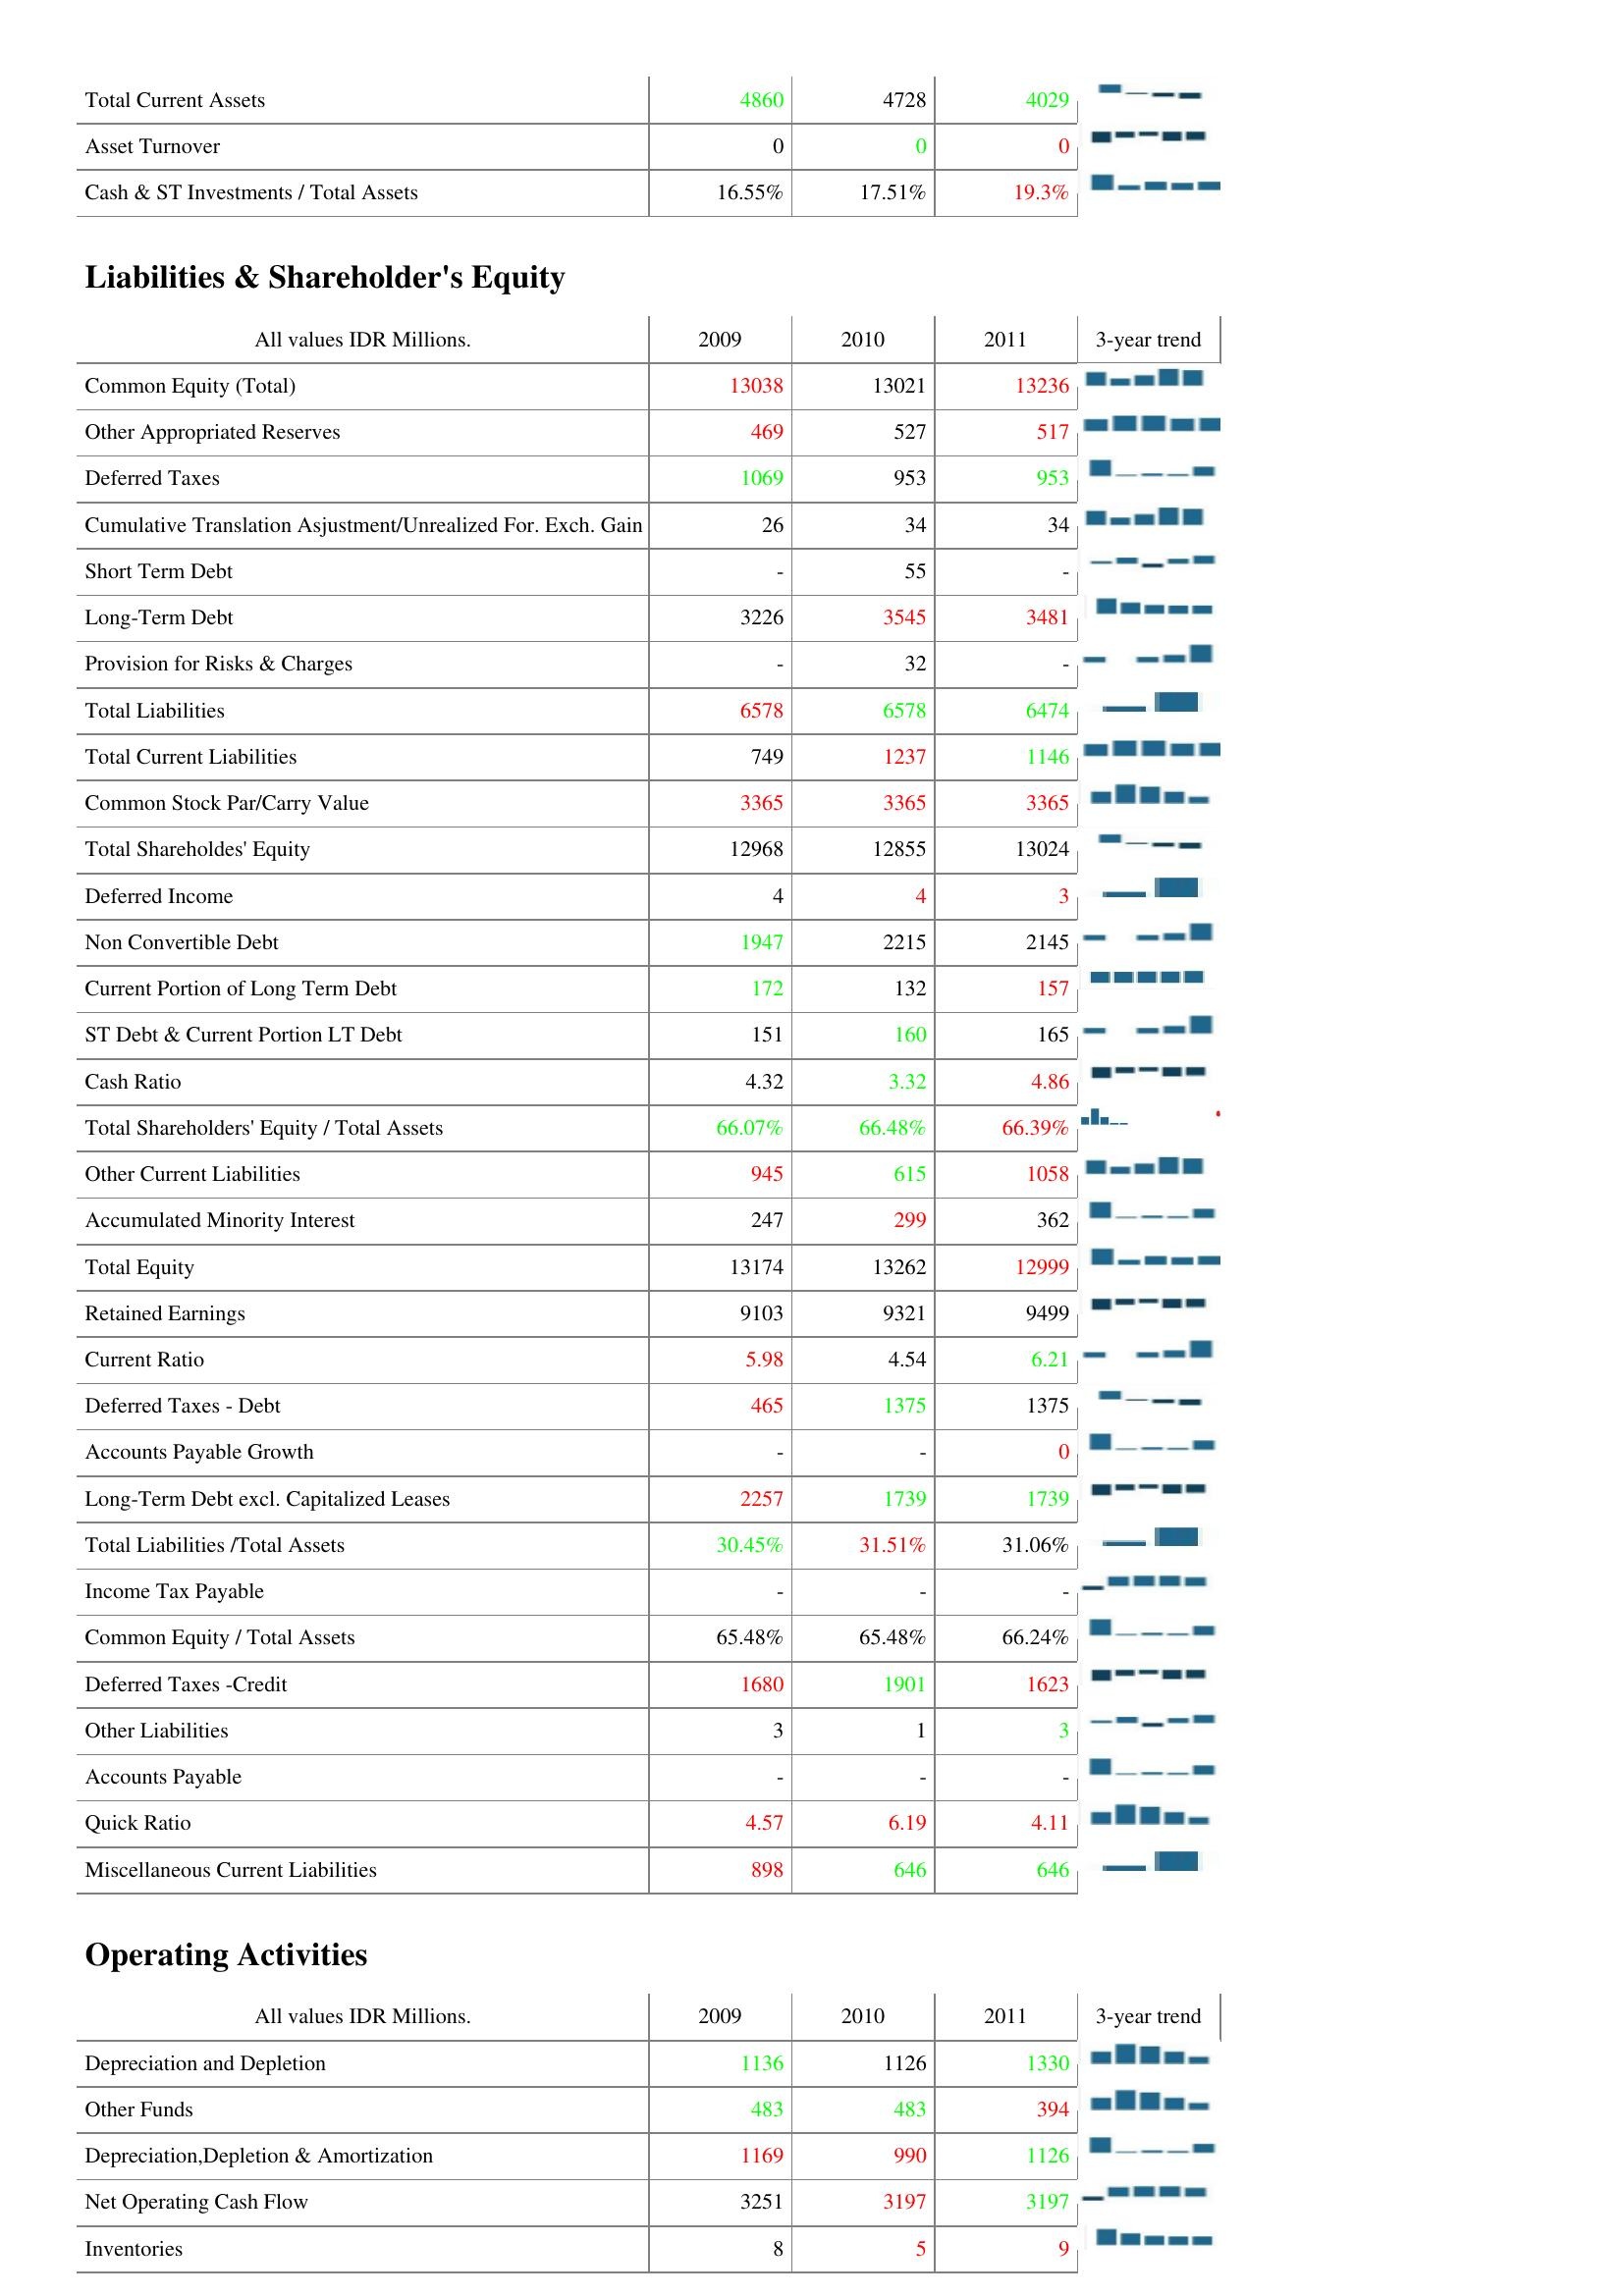
2009: Assets: Total Current Assets: 4860
Asset Turnover: 0
Cash & ST Investments / Total Assets: 16.55%
Liabilities & Shareholder's Equity: Common Equity (Total): 13038
Other Appropriated Reserves: 469
Deferred Taxes: 1069
Cumulative Translation Asjustment/Unrealized For. Exch. Gain: 26
Short Term Debt: -
Long-Term Debt: 3226
Provision for Risks & Charges: -
Total Liabilities: 6578
Total Current Liabilities: 749
Common Stock Par/Carry Value: 3365
Total Shareholdes' Equity: 12968
Deferred Income: 4
Non Convertible Debt: 1947
Current Portion of Long Term Debt: 172
ST Debt & Current Portion LT Debt: 151
Cash Ratio: 4.32
Total Shareholders' Equity / Total Assets: 66.07%
Other Current Liabilities: 945
Accumulated Minority Interest: 247
Total Equity: 13174
Retained Earnings: 9103
Current Ratio: 5.98
Deferred Taxes - Debt: 465
Accounts Payable Growth: -
Long-Term Debt excl. Capitalized Leases: 2257
Total Liabilities /Total Assets: 30.45%
Income Tax Payable: -
Common Equity / Total Assets: 65.48%
Deferred Taxes -Credit: 1680
Other Liabilities: 3
Accounts Payable: -
Quick Ratio: 4.57
Miscellaneous Current Liabilities: 898
Operating Activities: Depreciation and Depletion: 1136
Other Funds: 483
Depreciation,Depletion & Amortization: 1169
Net Operating Cash Flow: 3251
Inventories: 8
2010: Assets: Total Current Assets: 4728
Asset Turnover: 0
Cash & ST Investments / Total Assets: 17.51%
Liabilities & Shareholder's Equity: Common Equity (Total): 13021
Other Appropriated Reserves: 527
Deferred Taxes: 953
Cumulative Translation Asjustment/Unrealized For. Exch. Gain: 34
Short Term Debt: 55
Long-Term Debt: 3545
Provision for Risks & Charges: 32
Total Liabilities: 6578
Total Current Liabilities: 1237
Common Stock Par/Carry Value: 3365
Total Shareholdes' Equity: 12855
Deferred Income: 4
Non Convertible Debt: 2215
Current Portion of Long Term Debt: 132
ST Debt & Current Portion LT Debt: 160
Cash Ratio: 3.32
Total Shareholders' Equity / Total Assets: 66.48%
Other Current Liabilities: 615
Accumulated Minority Interest: 299
Total Equity: 13262
Retained Earnings: 9321
Current Ratio: 4.54
Deferred Taxes - Debt: 1375
Accounts Payable Growth: -
Long-Term Debt excl. Capitalized Leases: 1739
Total Liabilities /Total Assets: 31.51%
Income Tax Payable: -
Common Equity / Total Assets: 65.48%
Deferred Taxes -Credit: 1901
Other Liabilities: 1
Accounts Payable: -
Quick Ratio: 6.19
Miscellaneous Current Liabilities: 646
Operating Activities: Depreciation and Depletion: 1126
Other Funds: 483
Depreciation,Depletion & Amortization: 990
Net Operating Cash Flow: 3197
Inventories: 5
2011: Assets: Total Current Assets: 4029
Asset Turnover: 0
Cash & ST Investments / Total Assets: 19.3%
Liabilities & Shareholder's Equity: Common Equity (Total): 13236
Other Appropriated Reserves: 517
Deferred Taxes: 953
Cumulative Translation Asjustment/Unrealized For. Exch. Gain: 34
Short Term Debt: -
Long-Term Debt: 3481
Provision for Risks & Charges: -
Total Liabilities: 6474
Total Current Liabilities: 1146
Common Stock Par/Carry Value: 3365
Total Shareholdes' Equity: 13024
Deferred Income: 3
Non Convertible Debt: 2145
Current Portion of Long Term Debt: 157
ST Debt & Current Portion LT Debt: 165
Cash Ratio: 4.86
Total Shareholders' Equity / Total Assets: 66.39%
Other Current Liabilities: 1058
Accumulated Minority Interest: 362
Total Equity: 12999
Retained Earnings: 9499
Current Ratio: 6.21
Deferred Taxes - Debt: 1375
Accounts Payable Growth: 0
Long-Term Debt excl. Capitalized Leases: 1739
Total Liabilities /Total Assets: 31.06%
Income Tax Payable: -
Common Equity / Total Assets: 66.24%
Deferred Taxes -Credit: 1623
Other Liabilities: 3
Accounts Payable: -
Quick Ratio: 4.11
Miscellaneous Current Liabilities: 646
Operating Activities: Depreciation and Depletion: 1330
Other Funds: 394
Depreciation,Depletion & Amortization: 1126
Net Operating Cash Flow: 3197
Inventories: 9